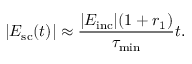
| E _ { \mathrm { s c } } ( t ) | \approx \frac { | E _ { \mathrm { i n c } } | ( 1 + r _ { 1 } ) } { \tau _ { \mathrm { m i n } } } t .